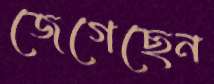
জেগেছেন